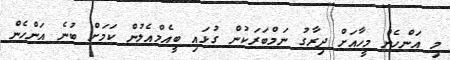
މި އަންހެން މީހާއަށް ދިރާގު ނަމްބަރަކުން ގުޅައި ބީއެމްއެލުން ކަމަށް ބުނެ އަންހެން